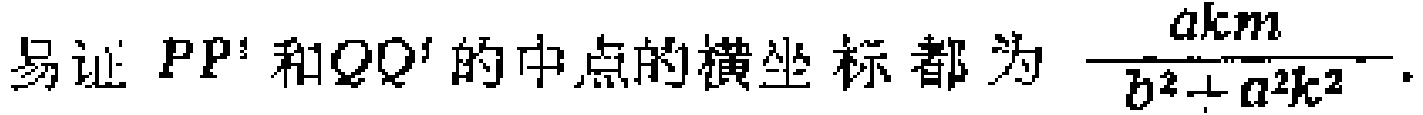
易证 \(PP'\) 和 \(QQ'\) 的中点的横坐标都为 \(\frac{akm}{b^{2}+a^{2}k^{2}}\).